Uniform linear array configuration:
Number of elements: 8
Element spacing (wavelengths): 0.5
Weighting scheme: blackman
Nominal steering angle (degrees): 15
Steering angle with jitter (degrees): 14.068
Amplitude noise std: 0.05
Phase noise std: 0.05

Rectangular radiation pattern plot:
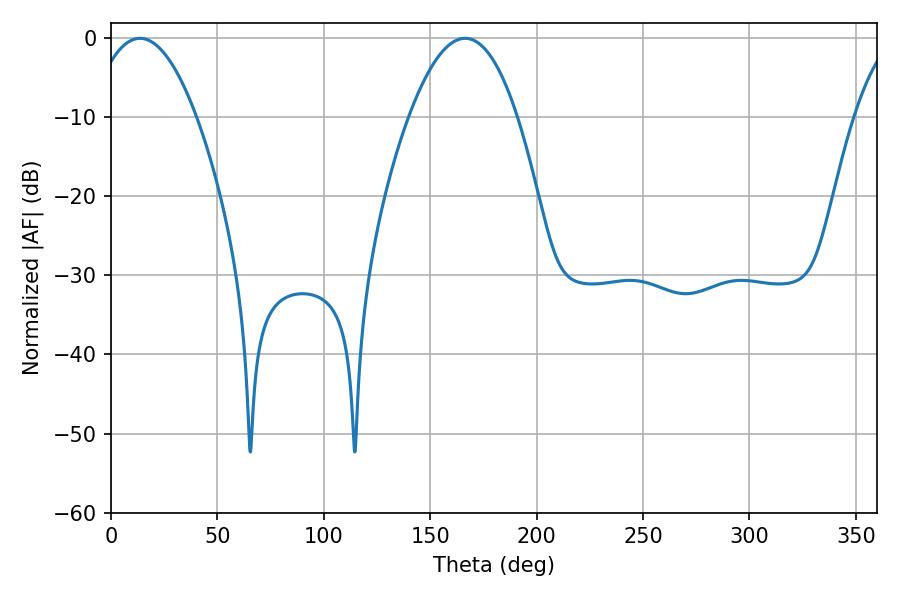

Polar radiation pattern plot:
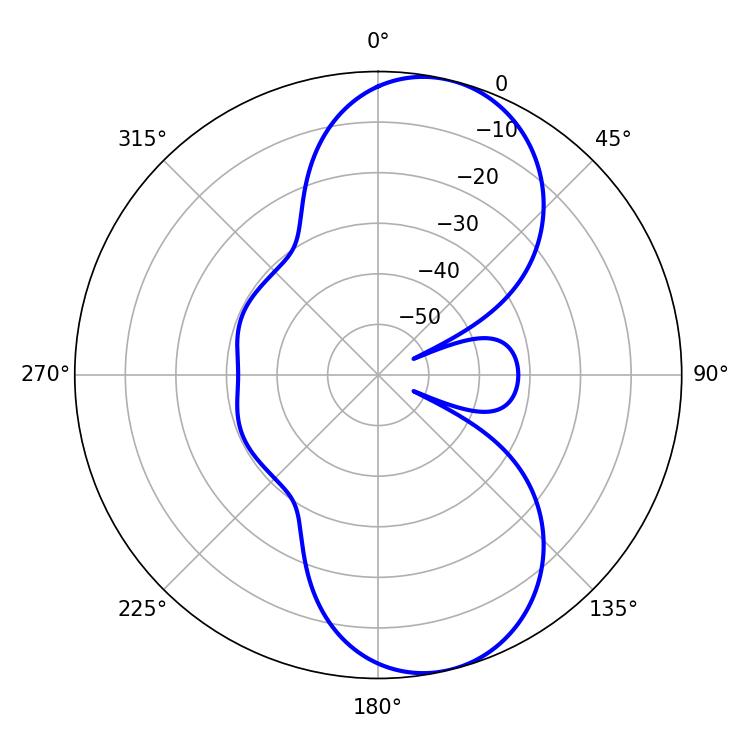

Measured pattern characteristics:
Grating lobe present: FALSE
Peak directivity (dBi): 9.023
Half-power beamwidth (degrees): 27.9
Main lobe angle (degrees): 13.68